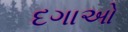
દગાઓ